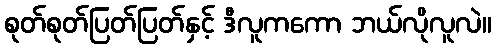
စုတ်စုတ်ပြတ်ပြတ်နှင့် ဒီလူကကော ဘယ်လိုလူလဲ။